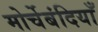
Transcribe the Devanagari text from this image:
मोर्चेबंदियाँ